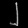
Digit: ၂